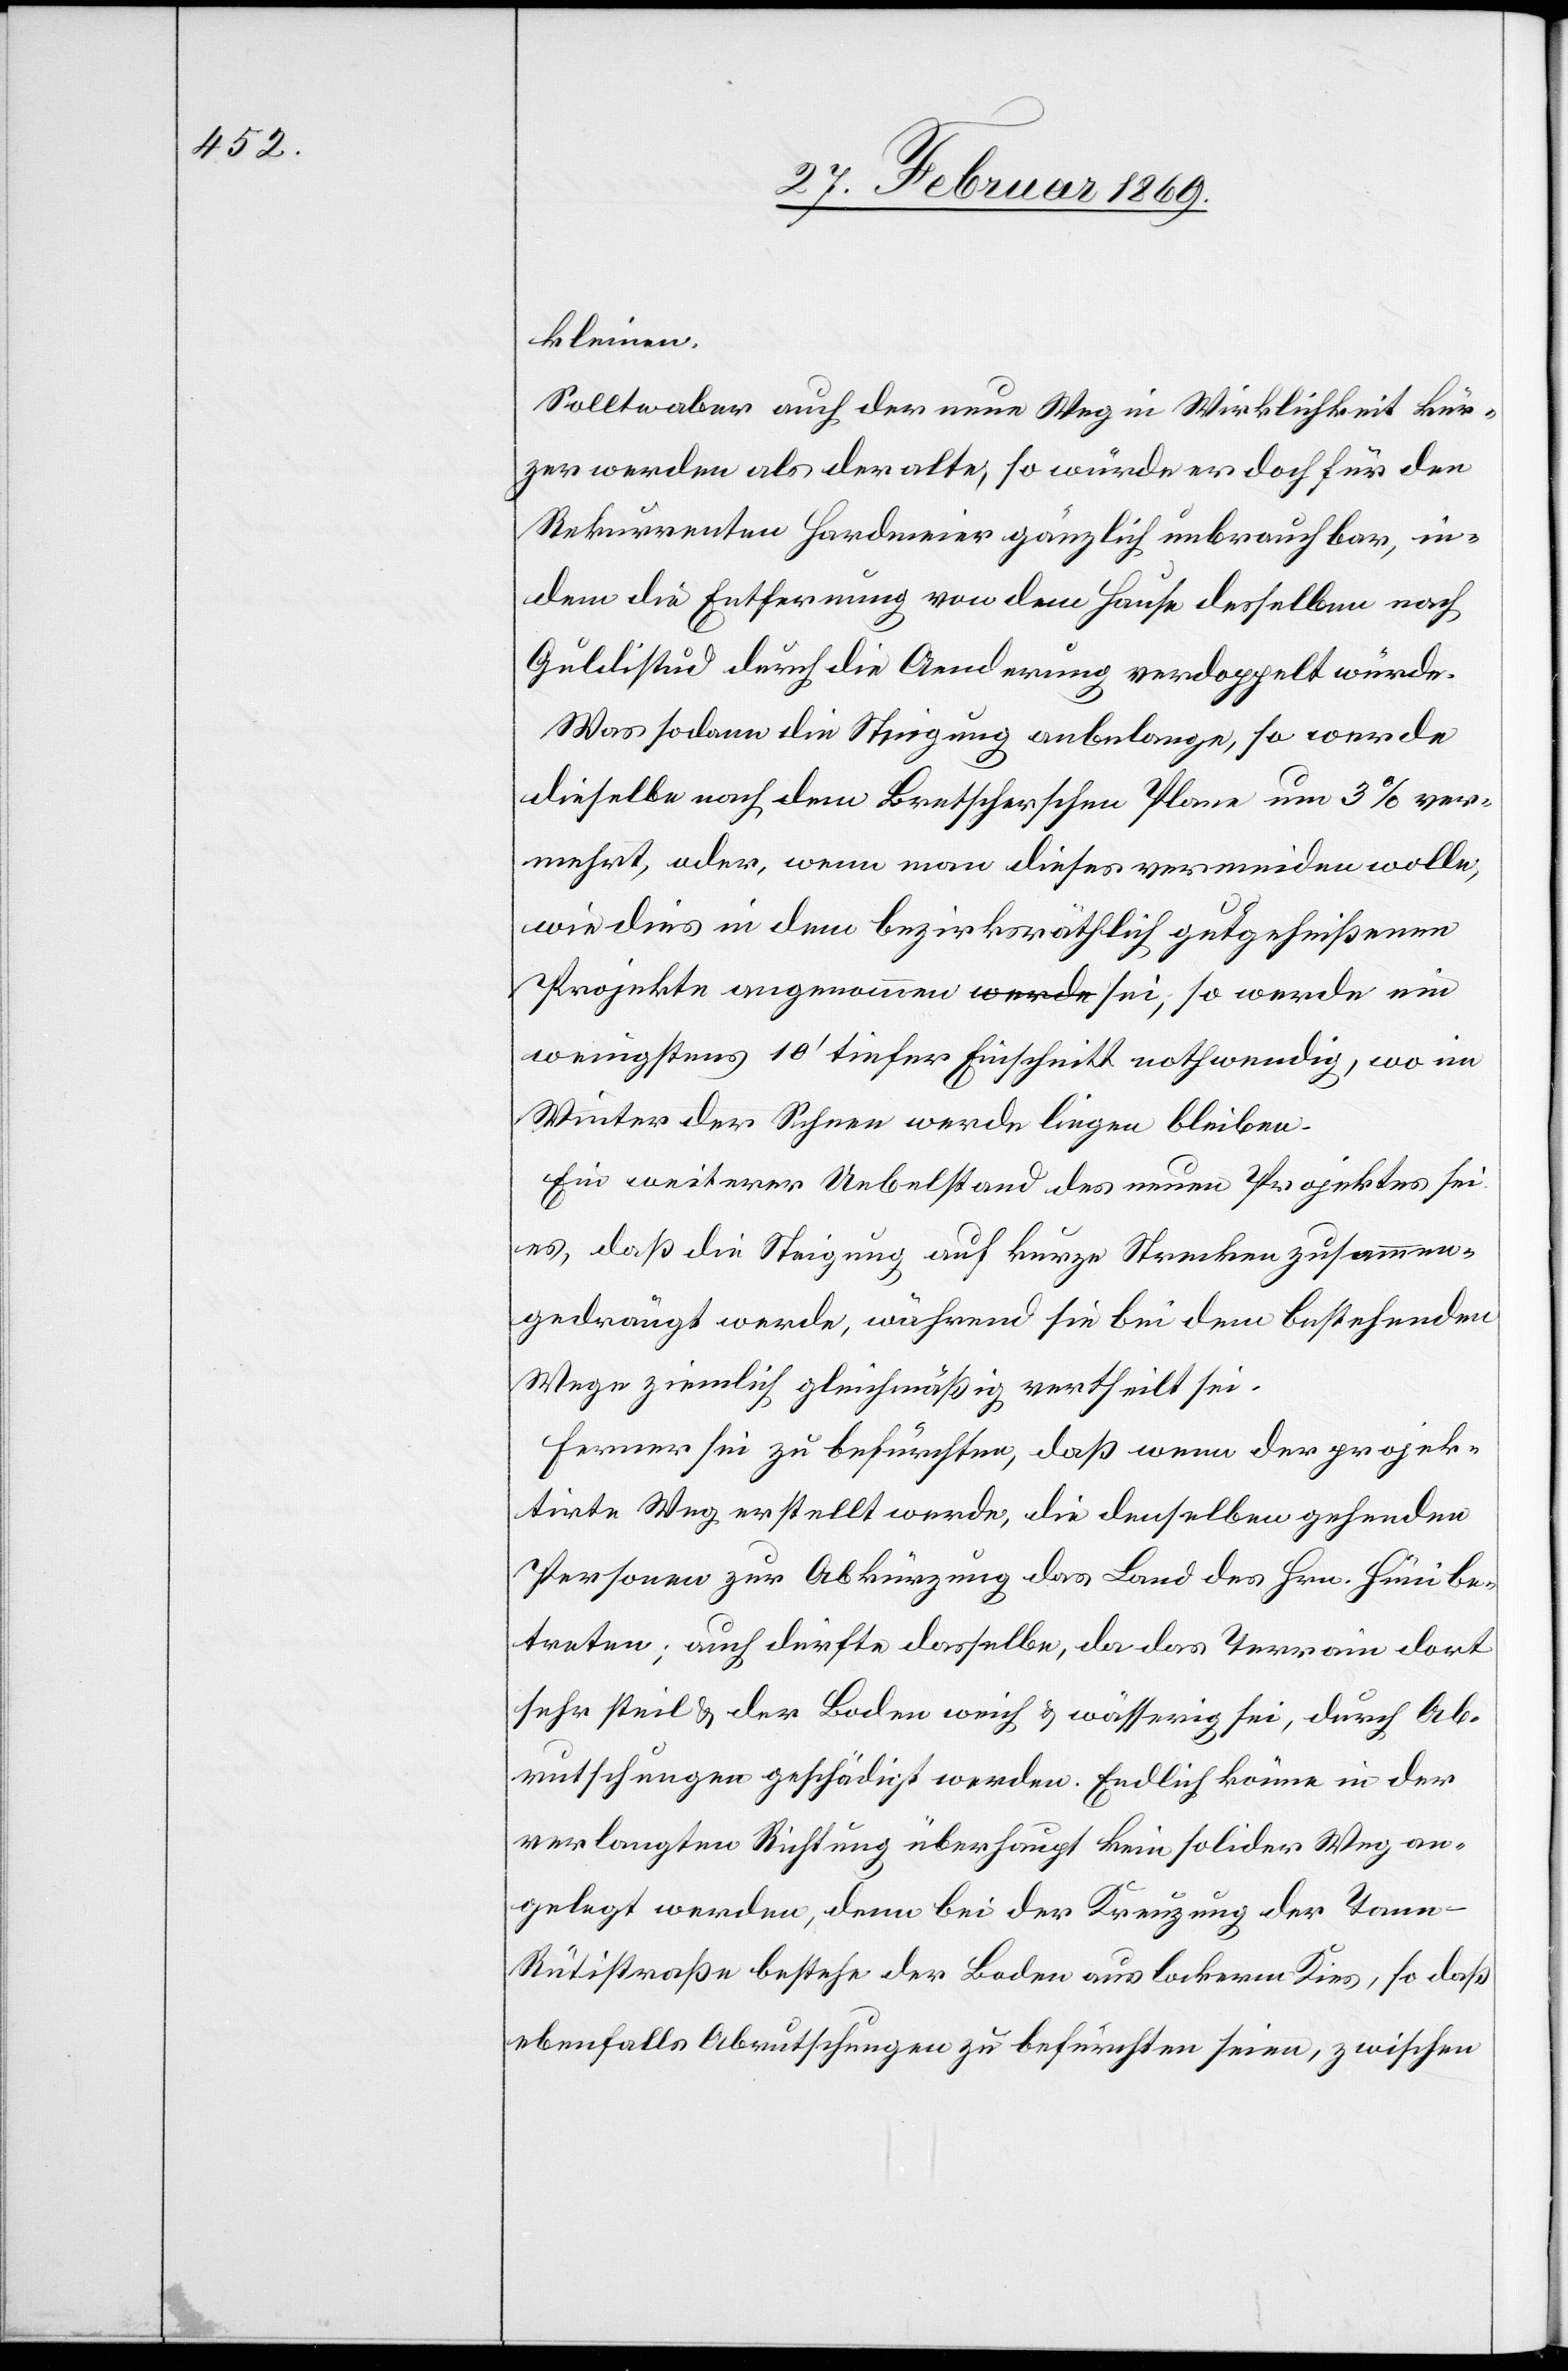
kleinen.
Sollten aber auch der neue Weg in Wirklichkeit kür¬
zer werden als der alte, so würde er doch für den
Rekurrenten Hardmeier gänzlich unbrauchbar, in¬
dem die Entfernung von dem Hause desselben nach
Gulchistud durch die Aenderung verdoppelt würde.
Was sodann die Steigung anbelange, so werde
dieselbe nach dem Bretscherschen Plane um 3% ver¬
mehrt, oder, wenn man dieses vermeiden wolle,
wie dies in dem bezirksräthlich gutgeheißenen
Projekte angenommen sei, so werde ein
wenigstens 10’ tiefer Einschnitt nothwendig, wo im
Winter der Schnee werde liegen bleiben.
Ein weiterer Uebelstand des neuen Projektes sei
es, daß die Steigung auf kurze Strecken zusammen¬
gedrängt werde, während sie bei dem bestehenden
Wege ziemlich gleichmäßig vertheilt sei.
Ferner sei zu befürchten, daß wenn der projek¬
tirte Weg erstellt werde, die denselben gehenden
Personen zur Abkürzung das Land des Hrn. Hüni be¬
treten; auch dürfte dasselbe, da das Terrain dort
sehr steil & der Boden weich & wässerig sei, durch Ab¬
rutschungen geschädigt werden. Endlich könne in der
verlangten Richtung überhaupt kein solider Weg an¬
gelegt werden, denn bei der Kreuzung der Tann-R¬
ütistraße bestehe der Boden aus lockerem Kies, so daß
ebenfalls Abrutschungen zu befürchten seien, zwischen